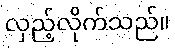
လှည့်လိုက်သည်။